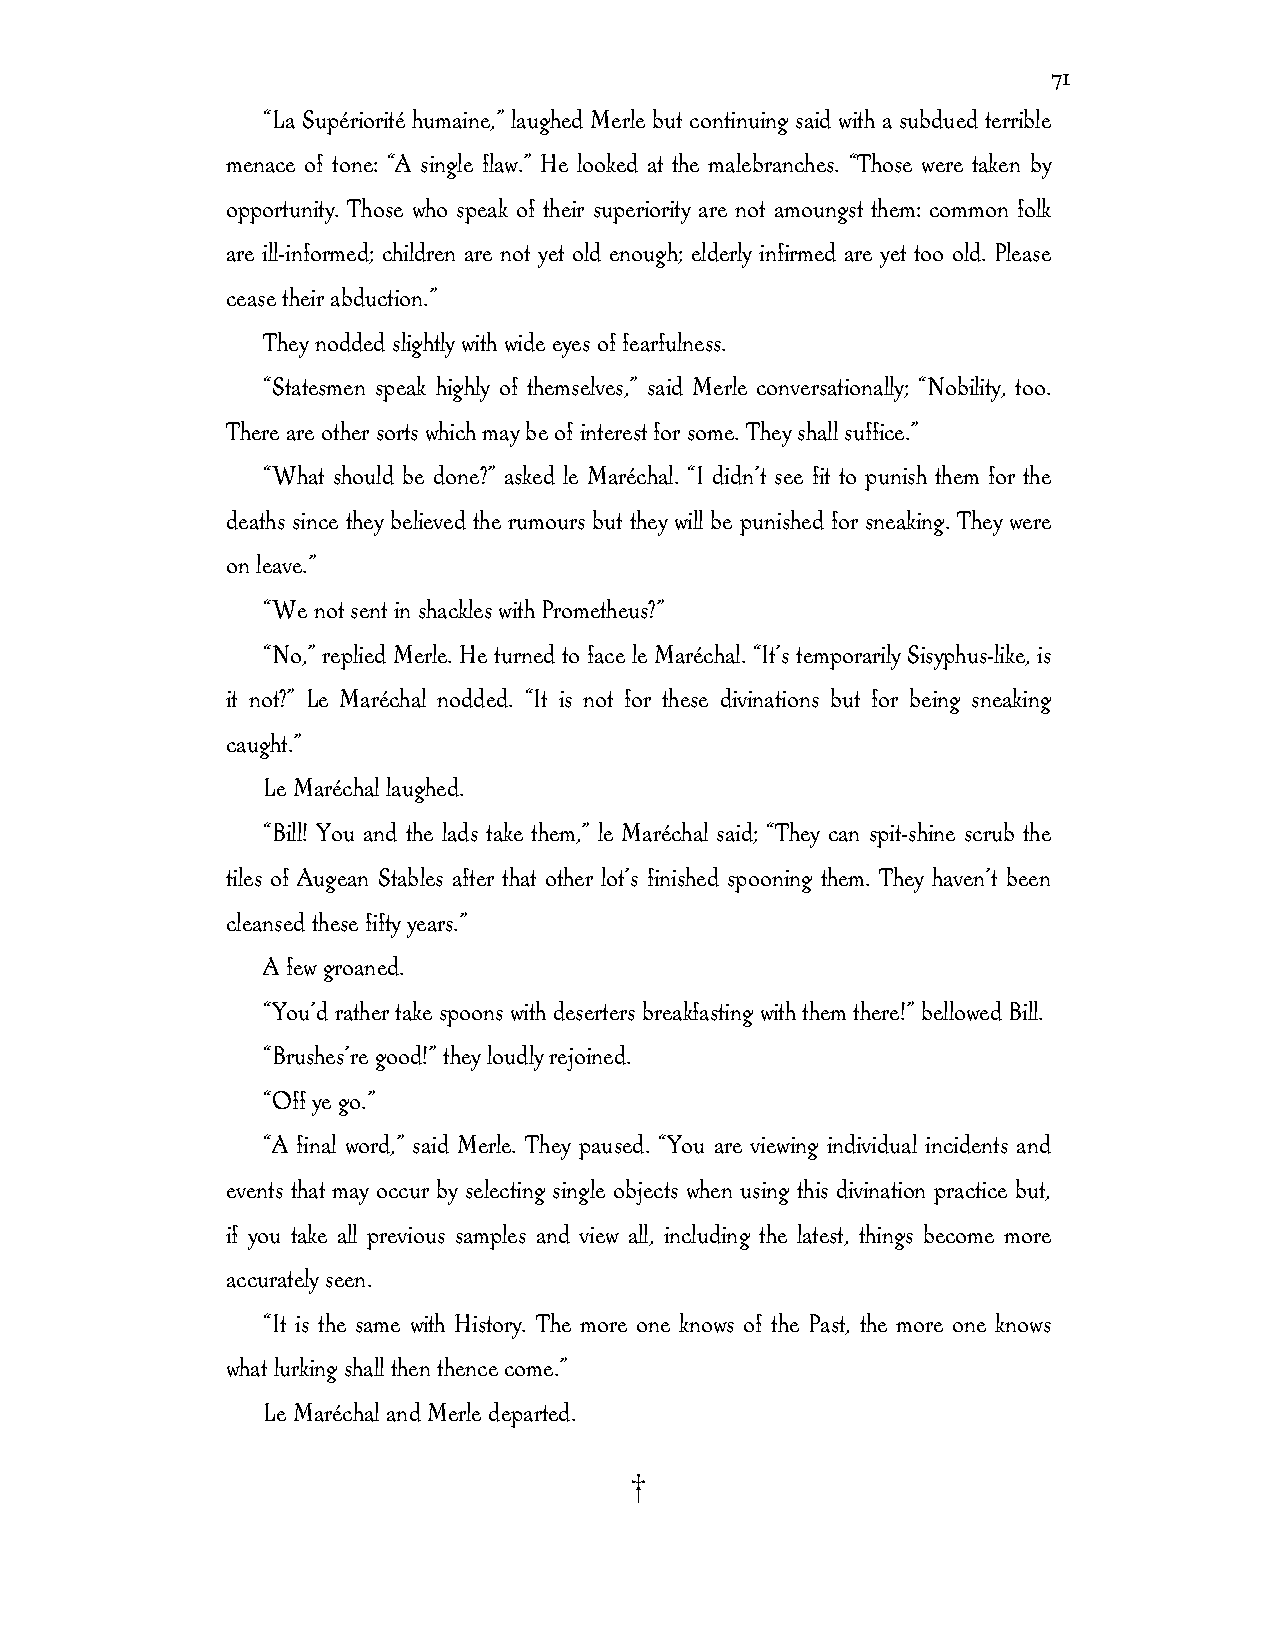
71
 “La Supériorité humaine,” laughed Merle but continuing said with a subdued terrible
 menace of tone: “A single flaw.” He looked at the malebranches. “Those were taken by
 opportunity. Those who speak of their superiority are not amoungst them: common folk
 are ill-informed; children are not yet old enough; elderly infirmed are yet too old. Please
 cease their abduction.”
 They nodded slightly with wide eyes of fearfulness.
 “Statesmen speak highly of themselves,” said Merle conversationally; “Nobility, too.
 There are other sorts which may be of interest for some. They shall suffice.”
 “What should be done?” asked le Maréchal. “I didn’t see fit to punish them for the
 deaths since they believed the rumours but they will be punished for sneaking. They were
 on leave.”
 “We not sent in shackles with Prometheus?”
 “No,” replied Merle. He turned to face le Maréchal. “It’s temporarily Sisyphus-like, is
 it not?” Le Maréchal nodded. “It is not for these divinations but for being sneaking
 caught.”
 Le Maréchal laughed.
 “Bill! You and the lads take them,” le Maréchal said; “They can spit-shine scrub the
 tiles of Augean Stables after that other lot’s finished spooning them. They haven’t been
 cleansed these fifty years.”
 A few groaned.
 “You’d rather take spoons with deserters breakfasting with them there!” bellowed Bill.
 “Brushes’re good!” they loudly rejoined.
 “Off ye go.”
 “A final word,” said Merle. They paused. “You are viewing individual incidents and
 events that may occur by selecting single objects when using this divination practice but,
 if you take all previous samples and view all, including the latest, things become more
 accurately seen.
 “It is the same with History. The more one knows of the Past, the more one knows
 what lurking shall then thence come.”
 Le Maréchal and Merle departed.
 †